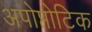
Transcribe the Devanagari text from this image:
अपोप्तोटिक